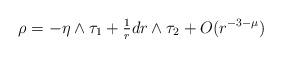
LaTeX: \begin{align*}\rho = -\eta\wedge\tau_1 + \tfrac{1}{r}dr\wedge\tau_2 + O(r^{-3-\mu})\end{align*}